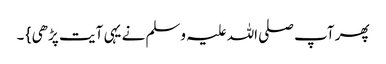
پھر آپ صلی اللہ علیہ وسلم نے یہی آیت پڑھی } ۔